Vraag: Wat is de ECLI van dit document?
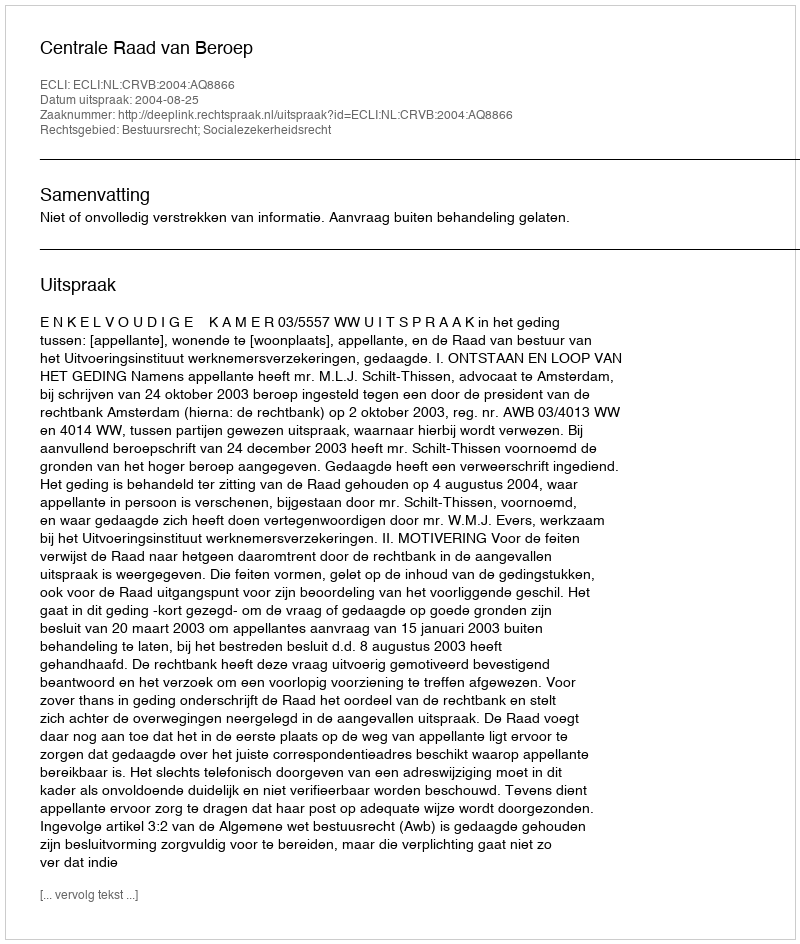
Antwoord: ECLI:NL:CRVB:2004:AQ8866